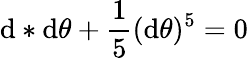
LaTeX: \mathrm{d}*\mathrm{d}\theta+\frac{{1}}{{5}}(\mathrm{d}\theta)^{5}=0